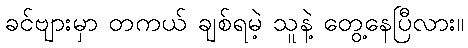
ခင်ဗျားမှာ တကယ် ချစ်ရမဲ့ သူနဲ့ တွေ့နေပြီလား။